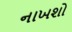
નાખશો